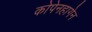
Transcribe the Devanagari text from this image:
कोपेनहागेन